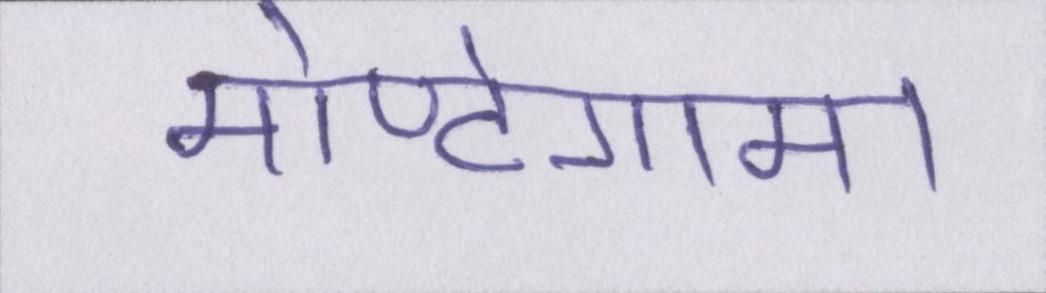
मोण्टेगामा